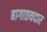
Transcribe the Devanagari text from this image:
बागातयदार